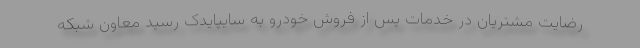
رضايت مشتريان در خدمات پس از فروش خودرو به سایپایدک رسید معاون شبكه